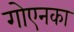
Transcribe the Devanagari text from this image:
गोएनका